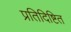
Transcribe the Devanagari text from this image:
प्रतिदिष्टित